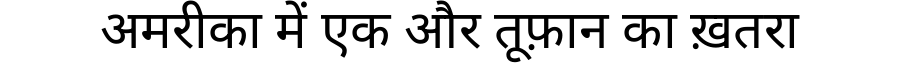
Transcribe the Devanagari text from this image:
अमरीका में एक और तूफ़ान का ख़तरा